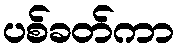
ပစ်ခတ်ကာ